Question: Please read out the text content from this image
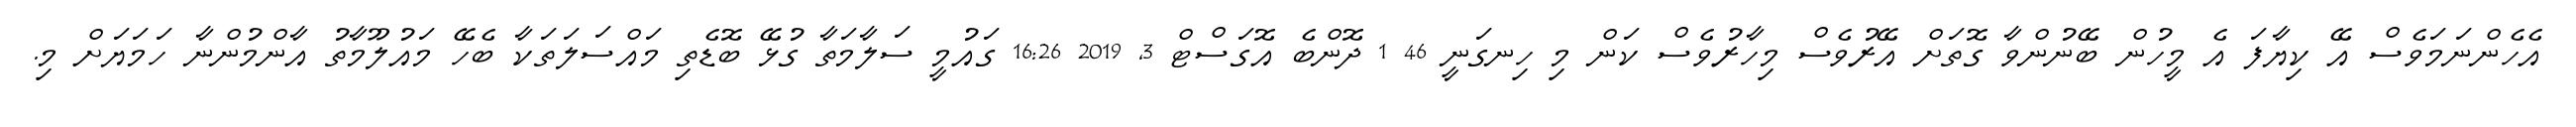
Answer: އެހެންނަމަވެސް އޭ ކިޔާފަ އެ މީހުން ބޭނުންވާ ގޮތަށް އޭރުވެސް މިހާރުވެސް ކަން މި ހިނގަނީ 46 1 ދޮންބެ އޮގަސްޓް 3, 2019 16:26 ގައުމީ ސަލާމަތާ ގުޅޭ ބޮޑެތި މައްސަލަތަކާ ބެހޭ މައުލޫމާތު އާންމުންނާ ހަމަޔަށް މި.